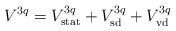
\begin{align*}V^{3q} = V^{3q}_{{\rm stat}} + V^{3q}_{{\rm sd}} +V^{3q}_{{\rm vd}}\end{align*}